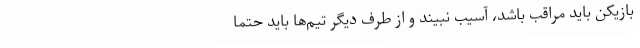
بازیکن باید مراقب باشد، آسیب نبیند و از طرف دیگر تیم‌ها باید حتما